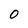
Character: 0